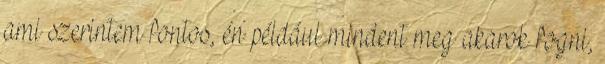
ami szerintem fontos, én például mindent meg akarok fogni,